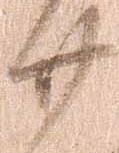
廿